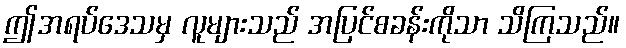
ဤအရပ်ဒေသမှ လူများသည် အပြင်စခန်းကိုသာ သိကြသည်။